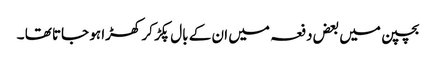
بچپن میں بعض دفعہ میں ان کے بال پکڑ کر کھڑا ہو جاتا تھا ۔